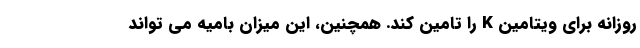
روزانه برای ویتامین K را تامین کند. همچنین، این میزان بامیه می تواند